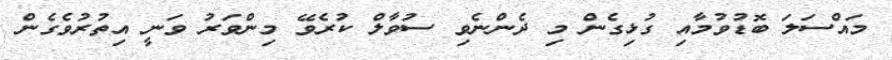
މައްސަލަ ބޮޑުވުމާއި ގުޅިގެން މި ދެންނެވި ސުވާލް ކުރެވޭ މިންވަރު ވަނީ އިތުރުވެގެން